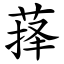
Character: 萚